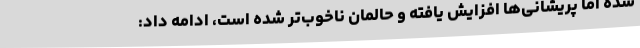
شده اما پریشانی‌ها افزایش یافته و حالمان ناخوب‌تر شده است، ادامه داد: